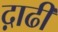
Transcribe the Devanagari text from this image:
द़ाढी